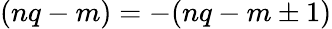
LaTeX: (nq-m)=-(nq-m\pm 1)